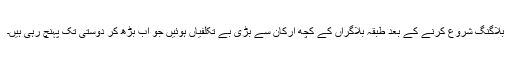
بلاگنگ شروع کرنے کے بعد طبقہ بلاگراں کے کچھ ارکان سے بڑی بے تکلفیاں ہوئیں جو اب بڑھ کر دوستی تک پہنچ رہی ہیں۔